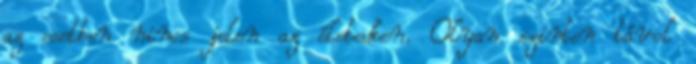
az esetben nincs jelen az életedben. Olyan szinten távol